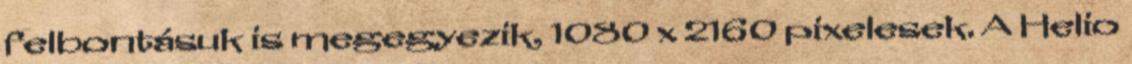
felbontásuk is megegyezik, 1080 x 2160 pixelesek. A Helio